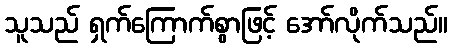
သူသည် ရှက်ကြောက်စွာဖြင့် အော်လိုက်သည်။